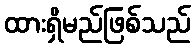
ထားရှိမည်ဖြစ်သည်